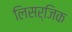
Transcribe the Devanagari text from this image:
लिसर्जिक